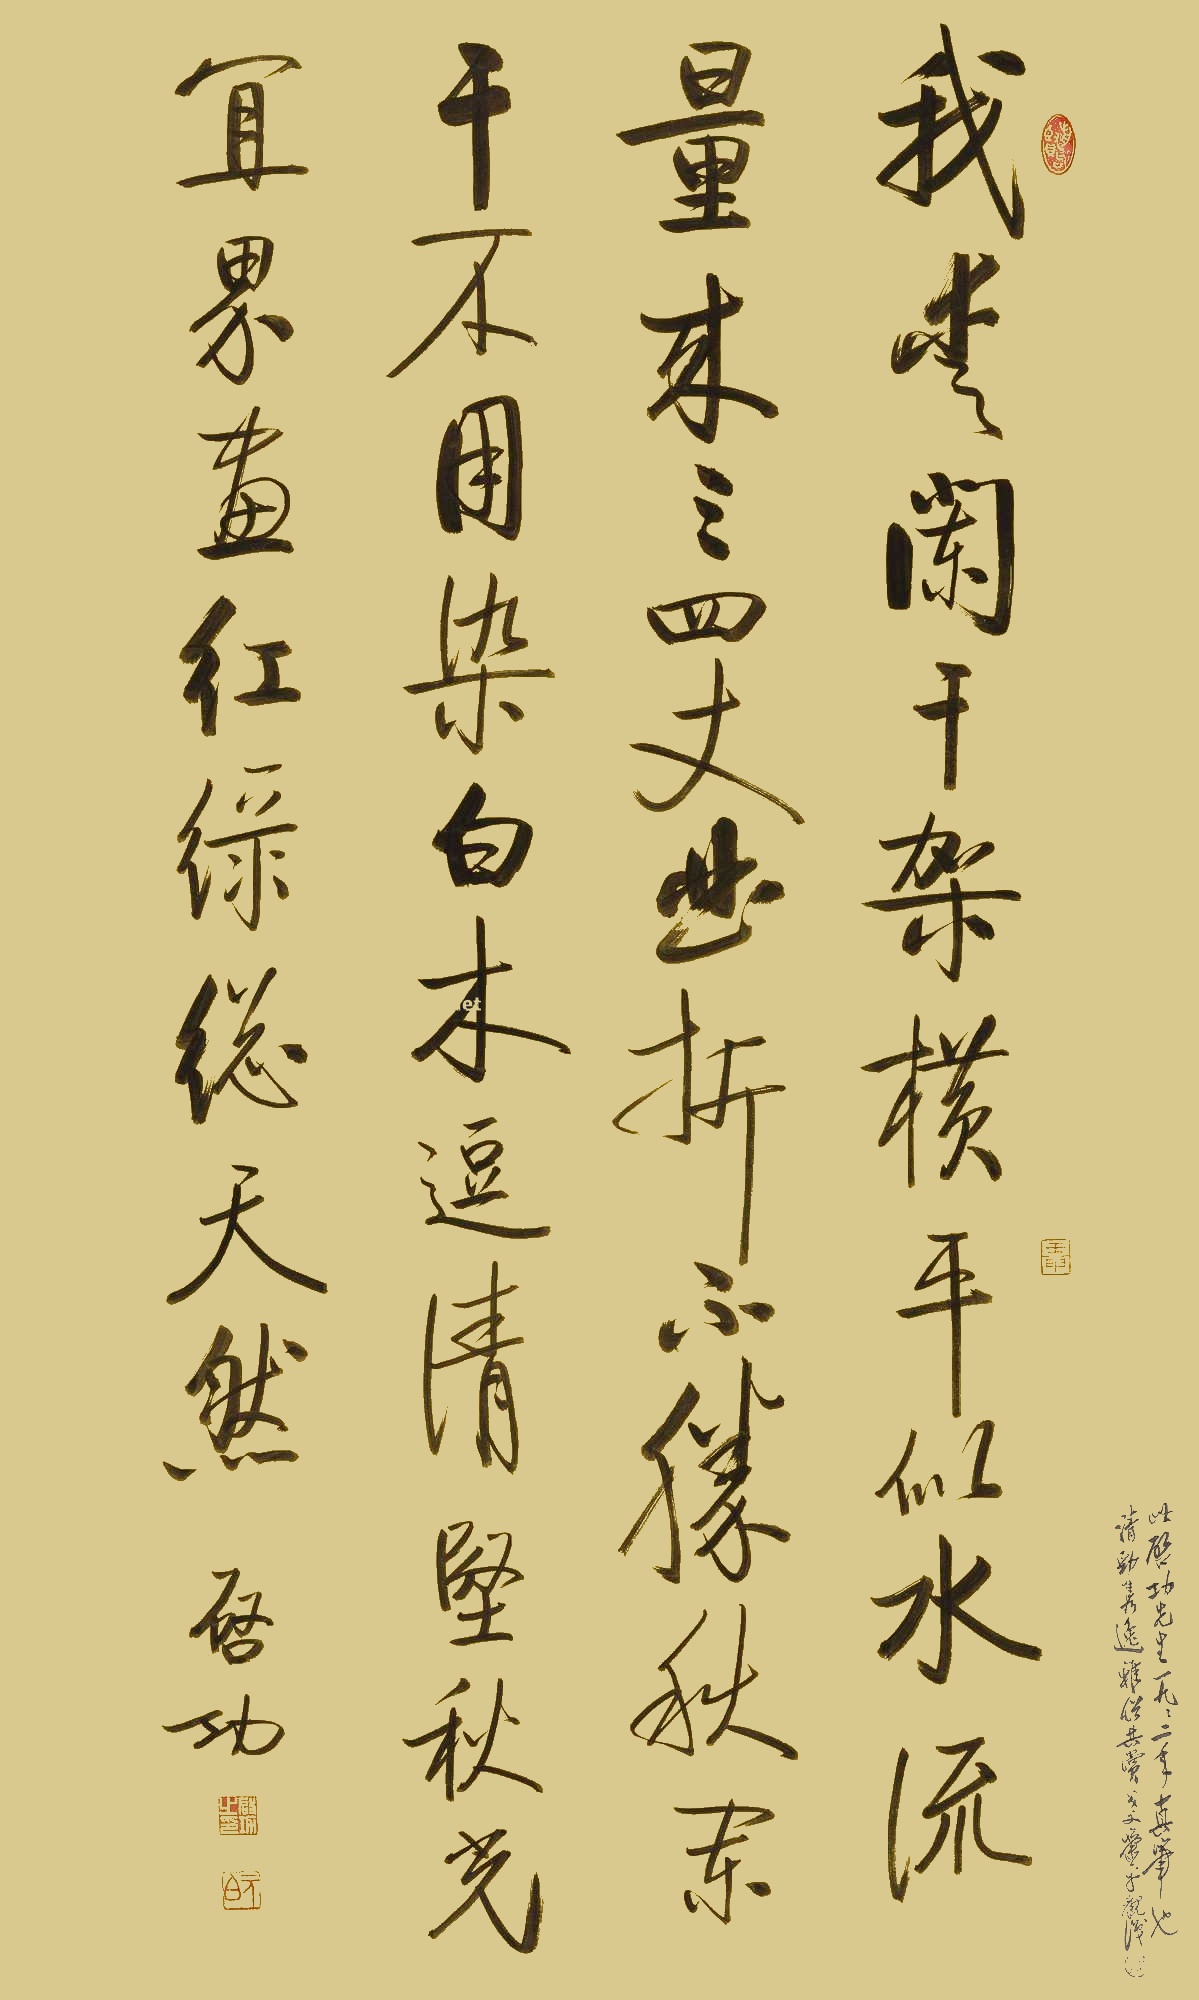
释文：我爱阑干架，横平似水流。量来三四丈，曲折不胜秋。阑干不用染，白木逗清坚。秋光宜界画，红绿总天然。启功。此启功先生一九九二年真笔也，清劲隽逸雅俗共赏。戈父萧平观识。